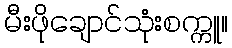
မီးဖိုချောင်သုံးစက္ကူ။